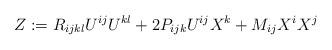
LaTeX: \begin{align*}Z:=R_{ijkl}U^{ij}U^{kl}+2P_{ijk}U^{ij}X^k+M_{ij}X^i X^j\end{align*}